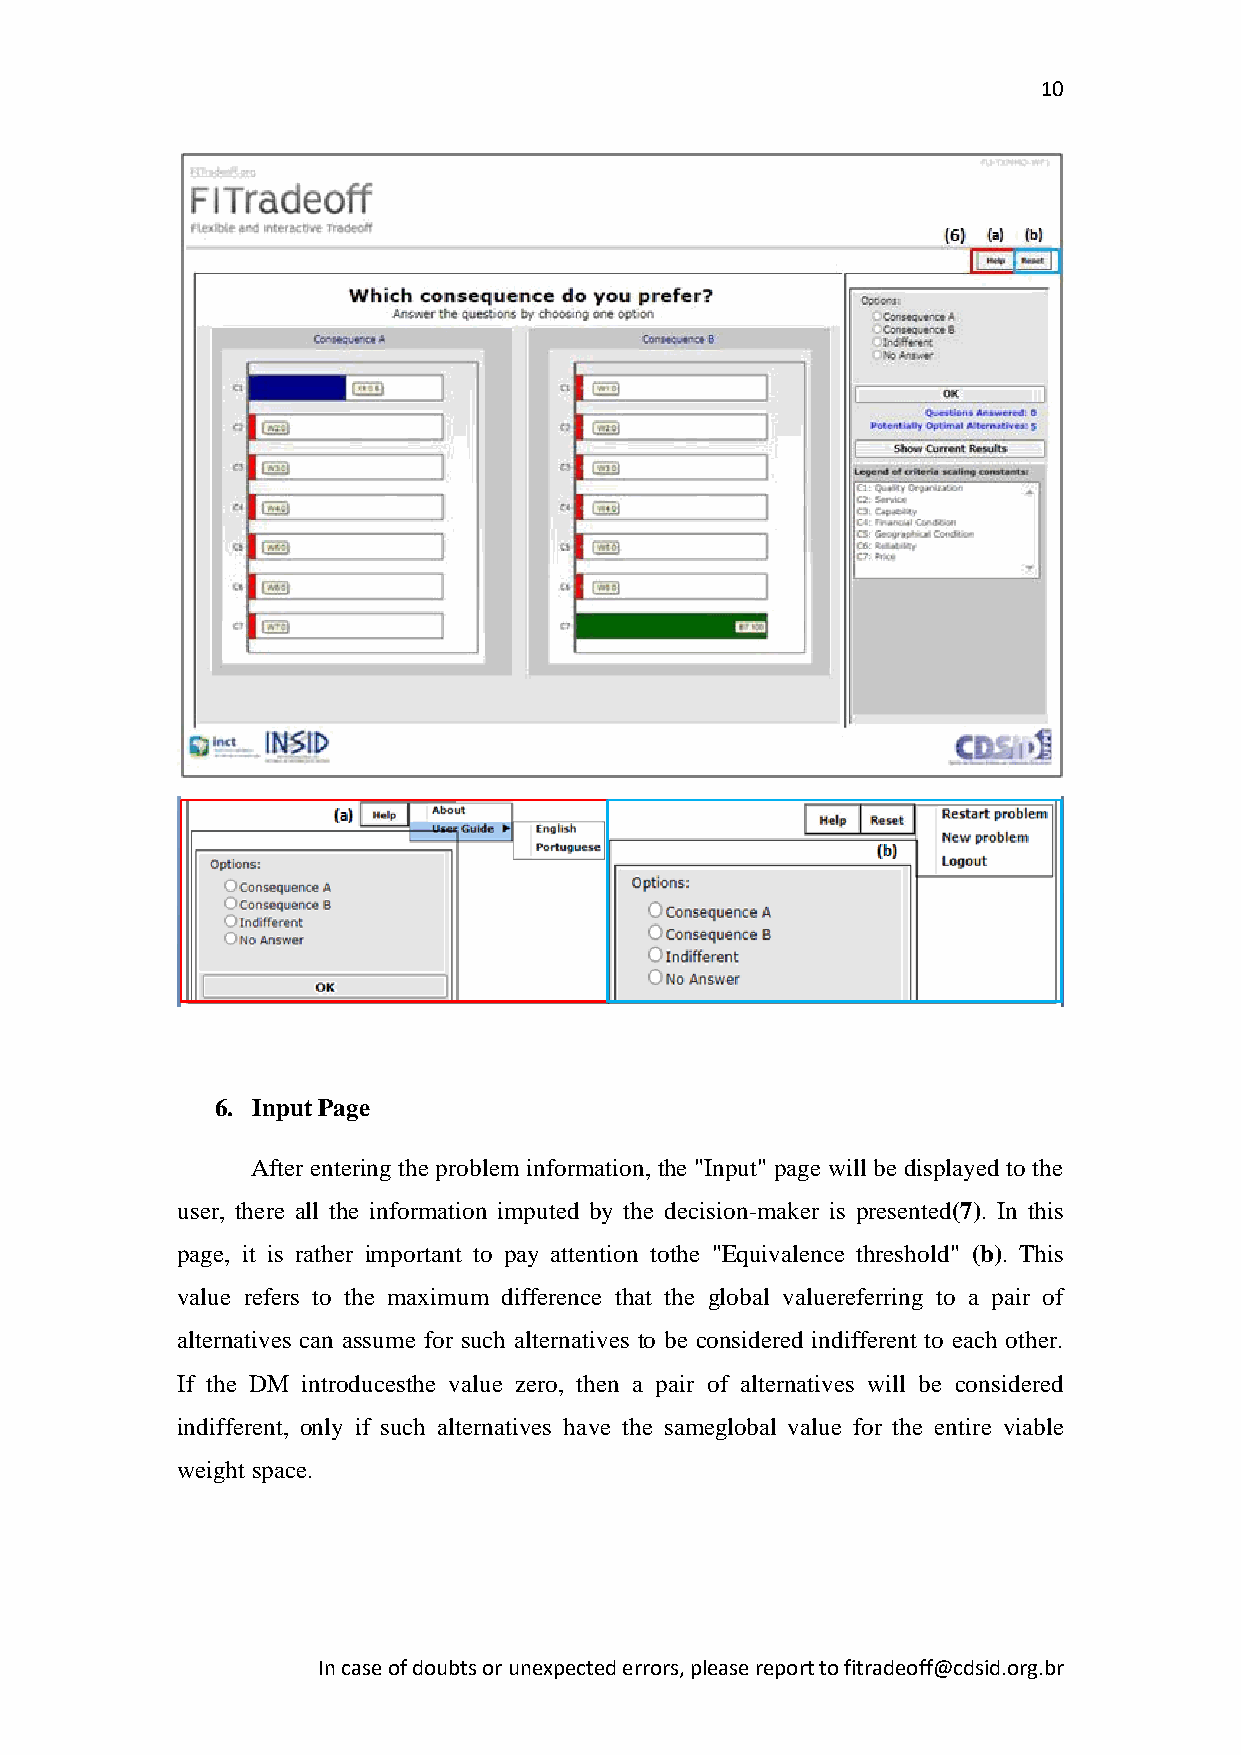
10
 6. Input Page
 After entering the problem information, the "Input" page will be displayed to the
 user, there all the information imputed by the decision-maker is presented(7). In this
 page, it is rather important to pay attention tothe "Equivalence threshold" (b). This
 value refers to the maximum difference that the global valuereferring to a pair of
 alternatives can assume for such alternatives to be considered indifferent to each other.
 If the DM introducesthe value zero, then a pair of alternatives will be considered
 indifferent, only if such alternatives have the sameglobal value for the entire viable
 weight space.
 In case of doubts or unexpected errors, please report to fitradeoff@cdsid.org.br